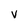
Character: V